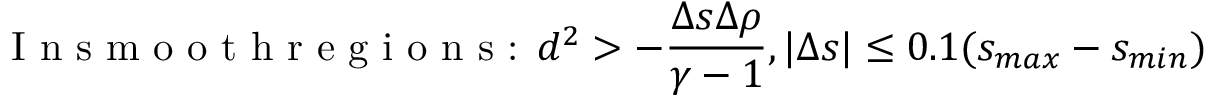
\textrm { I n s m o o t h r e g i o n s : } d ^ { 2 } > - \frac { \Delta s \Delta \rho } { \gamma - 1 } , | \Delta s | \leq 0 . 1 ( s _ { m a x } - s _ { m i n } )